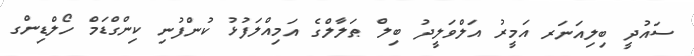
ސައުދީ ބިލިއަނަރ އަމީރު އަލްވަލީދު ބިލް ޠަލާލްގެ އަމިއްލަފުޅު ކުންފުނި ކިންގްޑަމް ހޯލްޑިންގ